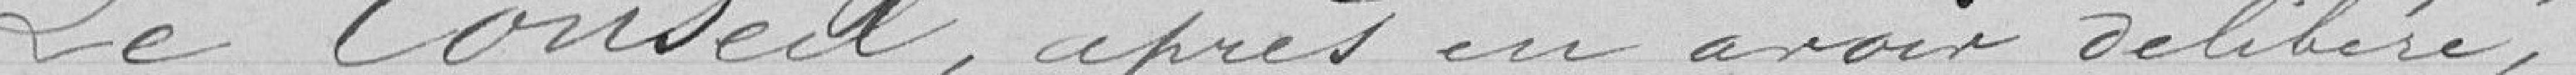
Le Conseil, après en avoir délibéré,